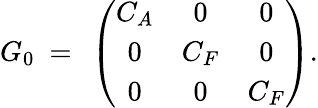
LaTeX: G_{0}\ =\ \left(\begin{array}{ccc}{{C_{A}}}&{{0}}&{{0}}\\ {{0}}&{{C_{F}}}&{{0}}\\ {{0}}&{{0}}&{{C_{F}}}\end{array}\right).